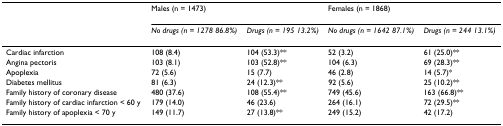
<table><thead><tr><td></td><td colspan="2"><b>Males (n = 1473)</b></td><td colspan="2"><b>Females (n = 1868)</b></td></tr><tr><td></td><td><b><i>No drugs (n = 1278 86.8%)</i></b></td><td><b><i>Drugs (n = 195 13.2%)</i></b></td><td><b><i>No drugs (n = 1642 87.1%)</i></b></td><td><b><i>Drugs (n = 244 13.1%)</i></b></td></tr></thead><tbody><tr><td>Cardiac infarction</td><td>108 (8.4)</td><td>104 (53.3)**</td><td>52 (3.2)</td><td>61 (25.0)**</td></tr><tr><td>Angina pectoris</td><td>103 (8.1)</td><td>103 (52.8)**</td><td>104 (6.3)</td><td>69 (28.3)**</td></tr><tr><td>Apoplexia</td><td>72 (5.6)</td><td>15 (7.7)</td><td>46 (2.8)</td><td>14 (5.7)*</td></tr><tr><td>Diabetes mellitus</td><td>81 (6.3)</td><td>24 (12.3)**</td><td>92 (5.6)</td><td>25 (10.2)**</td></tr><tr><td>Family history of coronary disease</td><td>480 (37.6)</td><td>108 (55.4)**</td><td>749 (45.6)</td><td>163 (66.8)**</td></tr><tr><td>Family history of cardiac infarction &lt; 60 y</td><td>179 (14.0)</td><td>46 (23.6)</td><td>264 (16.1)</td><td>72 (29.5)**</td></tr><tr><td>Family history of apoplexia &lt; 70 y</td><td>149 (11.7)</td><td>27 (13.8)**</td><td>249 (15.2)</td><td>42 (17.2)</td></tr></tbody></table>